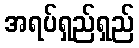
အရပ်ရှည်ရှည်